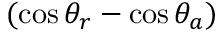
( \cos \theta _ { r } - \cos \theta _ { a } )